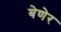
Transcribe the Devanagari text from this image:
बेणेर